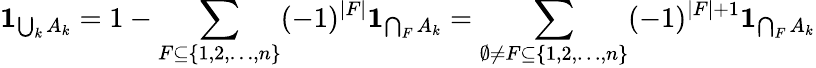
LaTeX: \mathbf{1}_{\bigcup_{k}A_{k}}=1-\sum_{F\subseteq\{ 1,2,\dotsc,n\} }(-1)^{|F|}\mathbf{1}_{\bigcap_{F}A_{k}}=\sum_{\emptyset\neq F\subseteq\{ 1,2,\dotsc,n\} }(-1)^{|F|+1}\mathbf{1}_{\bigcap_{F}A_{k}}